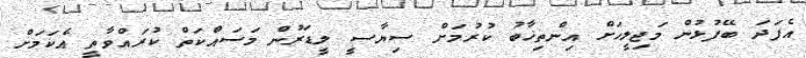
އެފަދަ ބޭފުޅުން މަޖިލީހަށް އިންތިޚާބު ކުރުމަށް ސިޔާސީ ލީޑަރުން މަސައްކަތް ކުރައްވާތީ އެކަަމަށް